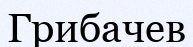
Грибачев